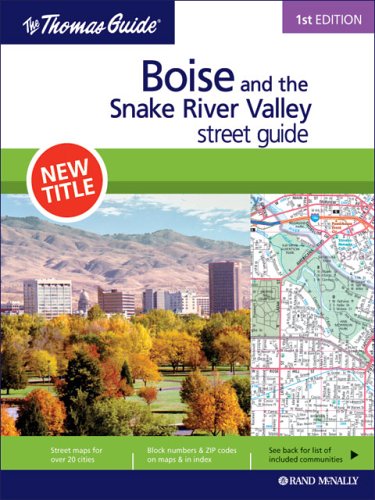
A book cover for Boise and the Snake River Valley, Idaho (Rand McNally Thomas Guide); Rand Mcnally; Travel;